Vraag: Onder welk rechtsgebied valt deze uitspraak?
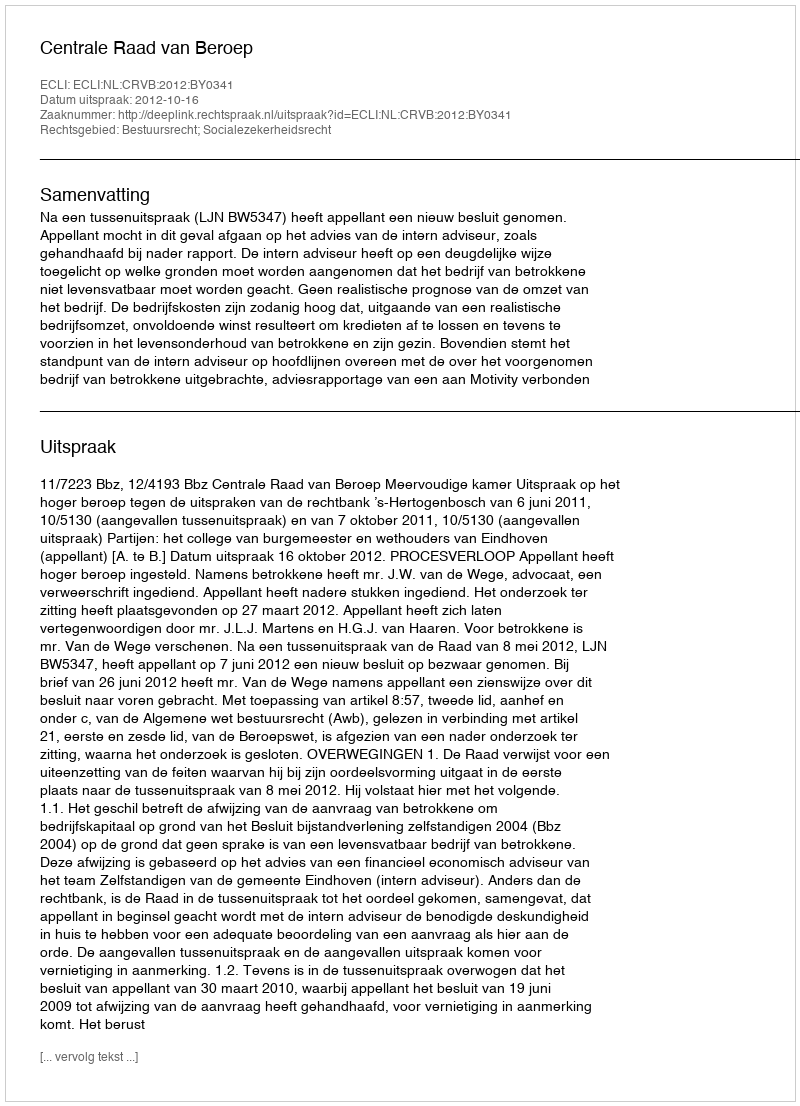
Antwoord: Bestuursrecht; Socialezekerheidsrecht